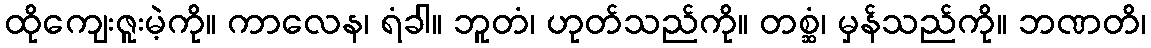
ထိုကျေးဇူးမဲ့ကို။ ကာလေန၊ ရံခါ။ ဘူတံ၊ ဟုတ်သည်ကို။ တစ္ဆံ၊ မှန်သည်ကို။ ဘဏတိ၊